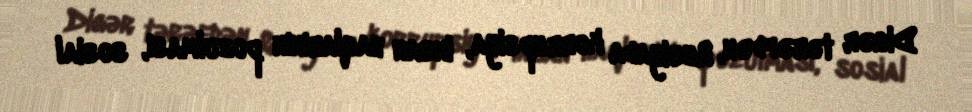
Digər tərəfdən, Rusiyada korrupsiya, insan haqlarının pozulması, sosial